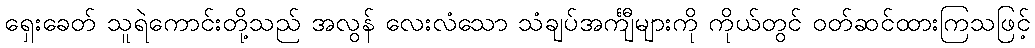
ရှေးခေတ် သူရဲကောင်းတို့သည် အလွန် လေးလံသော သံချပ်အင်္ကျီများကို ကိုယ်တွင် ဝတ်ဆင်ထားကြသဖြင့်